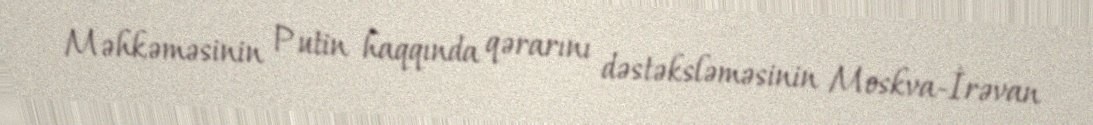
Məhkəməsinin Putin haqqında qərarını dəstəksləməsinin Moskva-İrəvan